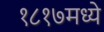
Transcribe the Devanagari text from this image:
१८१७मध्ये